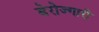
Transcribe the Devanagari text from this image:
बेरोज्गारी